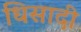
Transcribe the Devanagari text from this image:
धिसादी